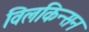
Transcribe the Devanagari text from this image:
विलकिन्सन